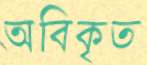
অবিকৃত